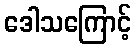
ဒေါသကြောင့်